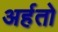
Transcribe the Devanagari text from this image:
अर्हतो